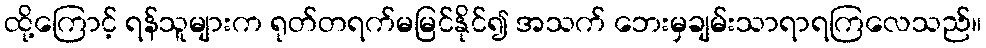
ထို့ကြောင့် ရန်သူများက ရုတ်တရက်မမြင်နိုင်၍ အသက် ဘေးမှချမ်းသာရာရကြလေသည်။